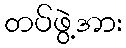
တပ်ဖွဲ့အား